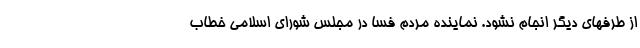
از طرفهای دیگر انجام نشود. نماینده مردم فسا در مجلس شورای اسلامی خطاب